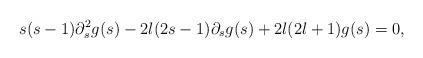
LaTeX: \begin{align*}s(s-1) \partial_s^2 g(s) - 2l(2s-1)\partial_s g(s) + 2l(2l+1)g(s) = 0,\end{align*}